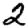
Digit: 2